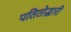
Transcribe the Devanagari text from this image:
पतितोद्धारी